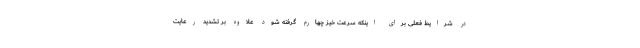
در شرایط فعلی برای اینکه سرعت خیز چهارم گرفته شود علاوه بر تشدید رعایت